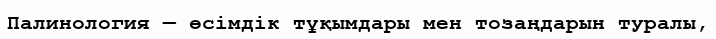
Палинология — өсімдік тұқымдары мен тозаңдарын туралы,